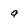
Character: q